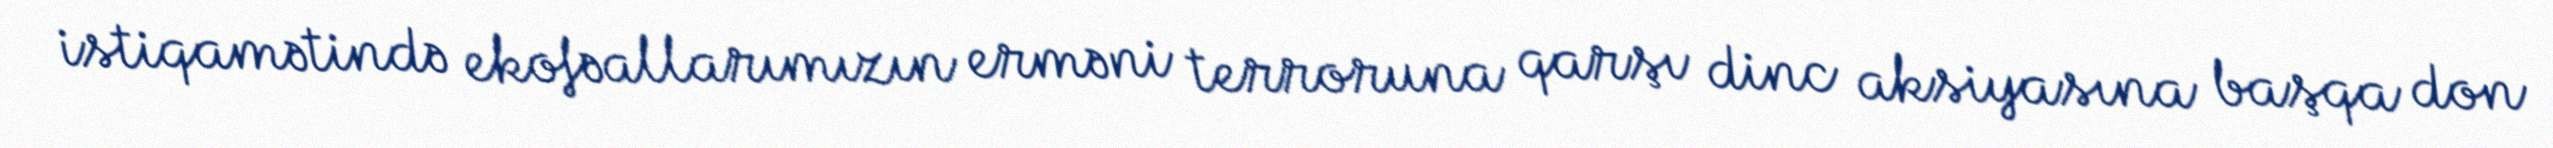
istiqamətində ekofəallarımızın erməni terroruna qarşı dinc aksiyasına başqa don